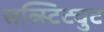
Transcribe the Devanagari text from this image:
सब्स्टिट्युट